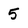
Character: 5